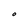
Character: O